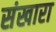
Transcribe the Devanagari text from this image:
संखारा